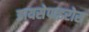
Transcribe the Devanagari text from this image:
डायसेपाइरोस